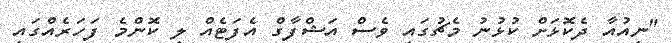
"ނިއުއާ ދެކޮޅަށް ކުޅުނު މެޗުގައި ވެސް އަޝްފާގް އެފަޓެއް ލި ކޮންމެ ފަހަރެއްގައި